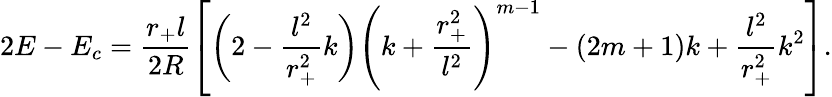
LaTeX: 2E-E_{c}=\frac{r_{+}l}{2R}\left[\left(2-\frac{l^{2}}{r_{+}^{2}}k\right)\left(k+\frac{r_{+}^{2}}{l^{2}}\right)^{m-1}-(2m+1)k+\frac{l^{2}}{r_{+}^{2}}k^{2}\right].